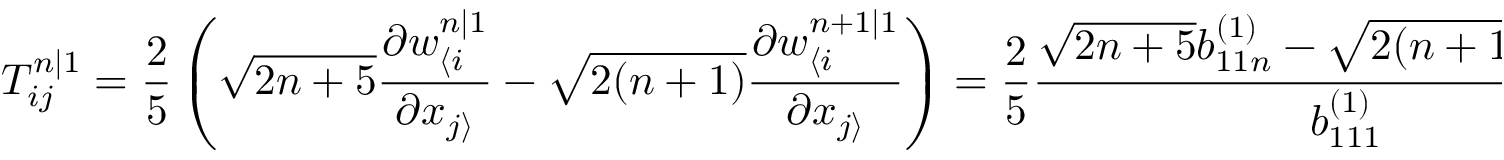
T _ { i j } ^ { n | 1 } = \frac { 2 } { 5 } \left( \sqrt { 2 n + 5 } \frac { \partial w _ { \langle i } ^ { n | 1 } } { \partial x _ { j \rangle } } - \sqrt { 2 ( n + 1 ) } \frac { \partial w _ { \langle i } ^ { n + 1 | 1 } } { \partial x _ { j \rangle } } \right) = \frac { 2 } { 5 } \frac { \sqrt { 2 n + 5 } b _ { 1 1 n } ^ { ( 1 ) } - \sqrt { 2 ( n + 1 ) } b _ { 1 1 , n + 1 } ^ { ( 1 ) } } { b _ { 1 1 1 } ^ { ( 1 ) } } \frac { \partial w _ { \langle i } ^ { 1 | 1 } } { \partial x _ { j \rangle } }